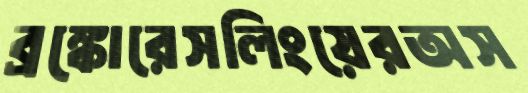
ব্রঙ্কোরেসলিংয়েরঅস